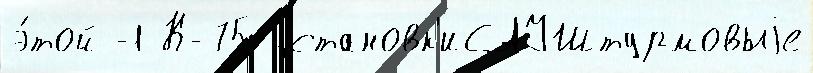
э́той -1 К-75 установк'иСАУШтурмовыjе